Annual report on the Civil Veterinary Department, Burma (including the Insein Veterinary School) - 1923-1931
Year: 1923
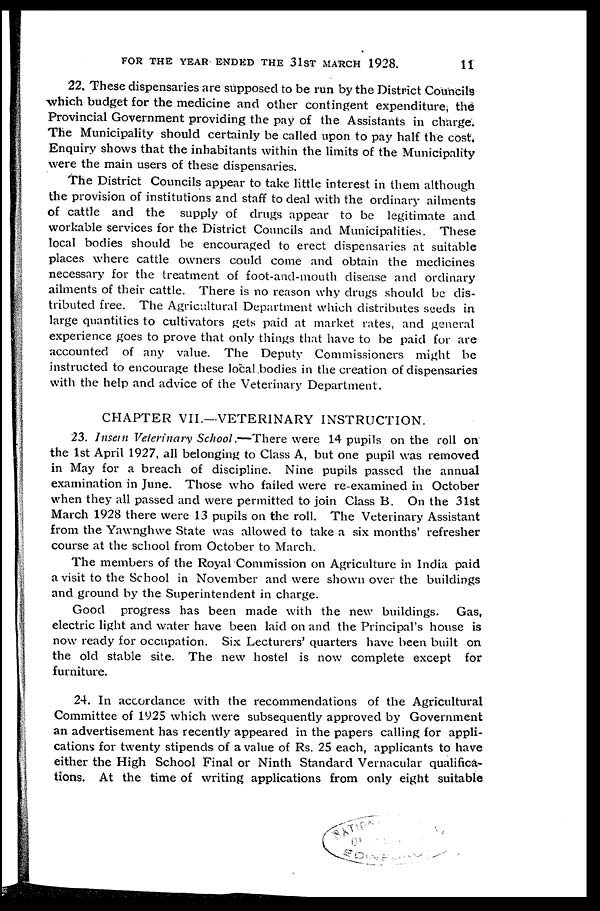
FOR THE YEAR ENDED THE 31ST MARCH 1928.
11
22, These dispensaries are supposed to be run by the District Councils
which budget for the medicine and other contingent expenditure, the
Provincial Government providing the pay of the Assistants in charge.
The Municipality should certainly be called upon to pay half the cost.
Enquiry shows that the inhabitants within the limits of the Municipality
were the main users of these dispensaries.
The District Councils appear to take little interest in them although
the provision of institutions and staff to deal with the ordinary ailments
of cattle and the supply of drugs appear to be legitimate and
workable services for the District Councils and Municipalities. These
local bodies should be encouraged to erect dispensaries at suitable
places where cattle owners could come and obtain the medicines
necessary for the treatment of foot-and-mouth disease and ordinary
ailments of their cattle. There is no reason why drugs should be dis-
tributed free. The Agricultural Department which distributes seeds in
large quantities to cultivators gets paid at market rates, and general
experience goes to prove that only things that have to be paid for are
accounted of any value. The Deputy Commissioners might be
instructed to encourage these local bodies in the creation of dispensaries
with the help and advice of the Veterinary Department.
CHAPTER VII.—VETERINARY INSTRUCTION.
23. Insein Veterinary School.—There were 14 pupils on the roll on
the 1st April 1927, all belonging to Class A, but one pupil was removed
in May for a breach of discipline. Nine pupils passed the annual
examination in June. Those who failed were re-examined in October
when they all passed and were permitted to join Class B. On the 31st
March 1928 there were 13 pupils on the roll. The Veterinary Assistant
from the Yawnghwe State was allowed to take a six months' refresher
course at the school from October to March.
The members of the Royal Commission on Agriculture in India paid
a visit to the School in November and were shown over the buildings
and ground by the Superintendent in charge.
Good progress has been made with the new buildings. Gas,
electric light and water have been laid on and the Principal's house is
now ready for occupation. Six Lecturers' quarters have been built on
the old stable site. The new hostel is now complete except for
furniture.
24. In accordance with the recommendations of the Agricultural
Committee of 1925 which were subsequently approved by Government
an advertisement has recently appeared in the papers calling for appli-
cations for twenty stipends of a value of Rs. 25 each, applicants to have
either the High School Final or Ninth Standard Vernacular qualifica-
tions. At the time of writing applications from only eight suitable